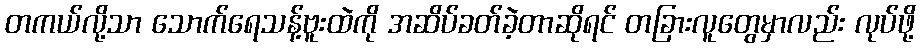
တကယ်လို့သာ သောက်ရေသန့်ဗူးထဲကို အဆိပ်ခတ်ခဲ့တာဆိုရင် တခြားလူတွေမှာလည်း လုပ်ဖို့